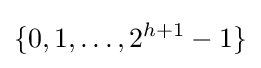
\{0,1,\ldots ,2^{h+1}-1\}